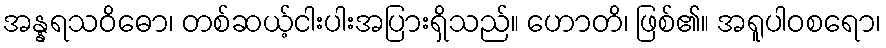
အန္နရသဝိဓော၊ တစ်ဆယ့်ငါးပါးအပြားရှိသည်။ ဟောတိ၊ ဖြစ်၏။ အရူပါဝစရော၊